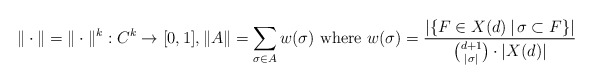
\begin{align*} \|\cdot\|=\|\cdot\|^k: C^k \rightarrow [0,1],\|A \| = \sum_{\sigma \in A} w(\sigma)\mbox{ where } w(\sigma) = \frac{|\{F \in X(d)\,|\, \sigma \subset F\}|}{{d+1 \choose |\sigma|} \cdot |X(d)|}\end{align*}